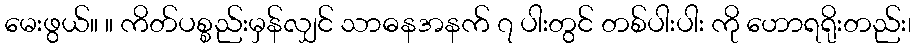
မေးဖွယ်။ ။ ကိတ်ပစ္စည်းမှန်လျှင် သာဓနအနက် ၇ ပါးတွင် တစ်ပါးပါး ကို ဟောရရိုးတည်း၊